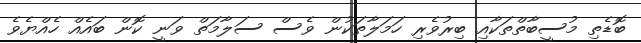
ބޮޑެތި މުސީބާތްތަކާއި ބިރުވެރި ހަމަލާތަކުން ވެސް ސަލާމަތް ވަނީ ކޮން ބައެއް ހެއްޔެވެ